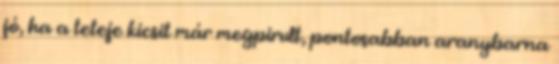
jó, ha a teteje kicsit már megpirult, pontosabban aranybarna